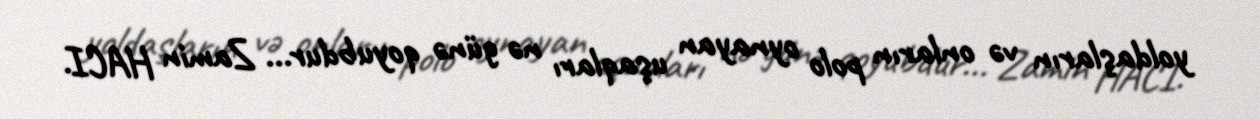
yoldaşların və onların polo oynayan uşaqları nə günə qoyubdur... Zamin HACI.